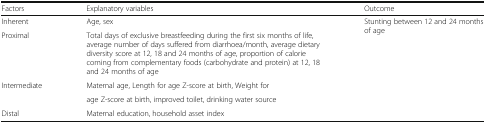
<table><thead><tr><td><b>Factors</b></td><td><b>Explanatory variables</b></td><td><b>Outcome</b></td></tr></thead><tbody><tr><td>Inherent</td><td>Age, sex</td><td rowspan="3">Stunting between 12 and 24 months of age</td></tr><tr><td>Proximal</td><td>Total days of exclusive breastfeeding during the first six months of life, average number of days suffered from diarrhoea/month, average dietary diversity score at 12, 18 and 24 months of age, proportion of calorie coming from complementary foods (carbohydrate and protein) at 12, 18 and 24 months of age</td></tr><tr><td>Intermediate</td><td>Maternal age, Length for age Z-score at birth, Weight for</td></tr><tr><td></td><td>age Z-score at birth, improved toilet, drinking water source</td><td rowspan="2"></td></tr><tr><td>Distal</td><td>Maternal education, household asset index</td></tr></tbody></table>